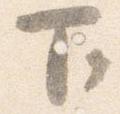
下